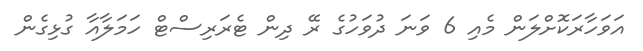
އަވަހާރަކޮށްލަން މެއި 6 ވަނަ ދުވަހުގެ ރޭ ދިން ޓެރަރިސްޓް ހަމަލާއާ ގުޅިގެން